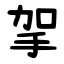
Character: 㧝